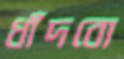
ধাঁদবো